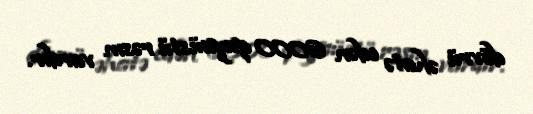
dövrü əhatə edən 6000 qayaüstü rəsm vardır.